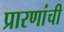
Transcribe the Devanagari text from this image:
प्रारणांची